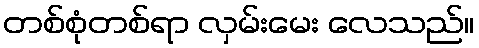
တစ်စုံတစ်ရာ လှမ်းမေး လေသည်။